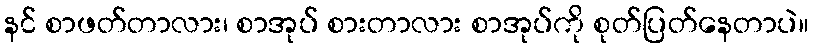
နင် စာဖတ်တာလား၊ စာအုပ် စားတာလား စာအုပ်ကို စုတ်ပြတ်နေတာပဲ။